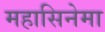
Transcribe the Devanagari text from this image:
महासिनेमा